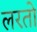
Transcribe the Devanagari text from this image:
लरतो